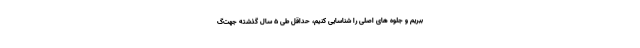
ببریم و جلوه های اصلی را شناسایی کنیم، حداقل طی ۵ سال گذشته جهت‌گ